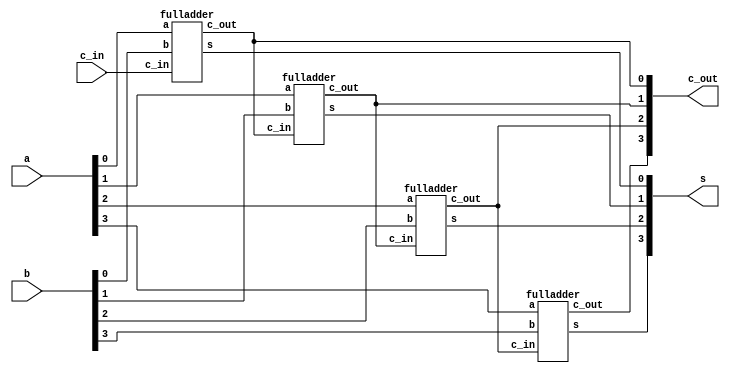
`timescale 1ns / 1ns // `timescale time_unit/time_precision



module part1(a, b, c_in, s, c_out);

    input [3:0] a;
	 input [3:0] b;
	 input c_in;
    output [3:0] s;
	 output [3:0] c_out;

    fulladder u1(a[0],b[0],c_in,s[0],c_out[0]);
	 fulladder u2(a[1],b[1],c_out[0],s[1],c_out[1]);
	 fulladder u3(a[2],b[2],c_out[1],s[2],c_out[2]);
	 fulladder u4(a[3],b[3],c_out[2],s[3],c_out[3]);
	 
endmodule


module fulladder(a, b, c_in, s, c_out);

	input a, b, c_in;
	output s, c_out;
	
	assign c_out = (a&b)|(c_in&b)|(c_in&a);
	assign s = a^b^c_in;
	
endmodule